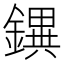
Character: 𨭄